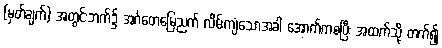
(မှတ်ချက်) အတွင်းဘက်၌ အင်္ဂတေမြေညက် လိမ်းကျံသောအခါ အောက်ကစပြီး အထက်သို့ တက်၍